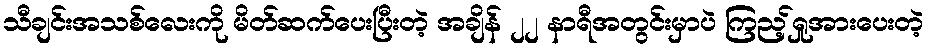
သီချင်းအသစ်လေးကို မိတ်ဆက်ပေးပြီးတဲ့ အချိန် ၂၂ နာရီအတွင်းမှာပဲ ကြည့်ရှုအားပေးတဲ့